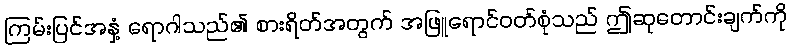
ကြမ်းပြင်အနှံ့ ရောဂါသည်၏ စားရိတ်အတွက် အဖြူရောင်ဝတ်စုံသည် ဤဆုတောင်းချက်ကို